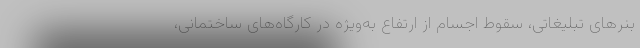
بنرهای تبلیغاتی، سقوط اجسام از ارتفاع به‌ویژه در کارگاه‌های ساختمانی،